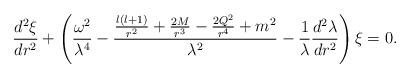
LaTeX: \begin{align*}\frac{d^2\xi}{dr^2}+\left( \frac{\omega^2}{\lambda^4}-\frac{\frac{l(l+1)}{r^2}+\frac{2M}{r^3}-\frac{2Q^2}{r^4}+m^2}{\lambda^2}-\frac{1}{\lambda} \frac{d^2\lambda}{dr^2} \right)\xi=0.\end{align*}